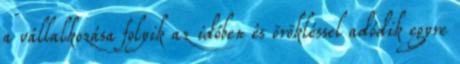
a vállalkozása folyik az időben és örökléssel adódik egyre